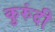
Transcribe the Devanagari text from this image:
कुरुंदी